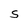
Character: S